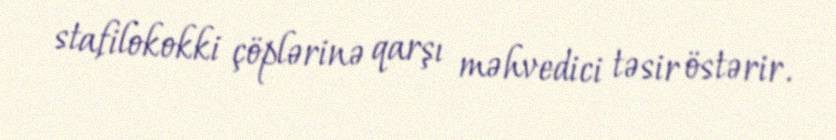
stafilokokki çöplərinə qarşı məhvedici təsir östərir.